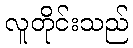
လူတိုင်းသည်